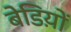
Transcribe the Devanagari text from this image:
बेडिय़ों